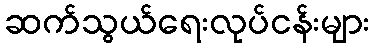
ဆက်သွယ်ရေးလုပ်ငန်းများ